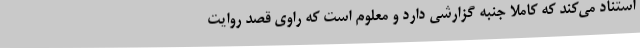
استناد می‌کند که کاملا جنبه گزارشی دارد و معلوم است که راوی قصد روایت